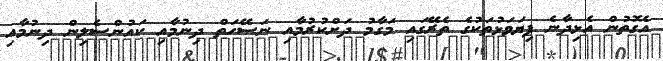
އެގޮތުން އެޅިދާނެ ފިޔަވަޅުތަކުގެ ތެރޭގައި މަގާމު ދަށްކުރުމާއި ނަސޭހަތް ދިނުމާއި ކައުންސެލިން ދިނުމާއި